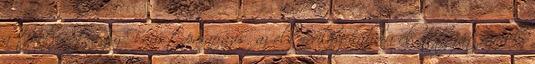
a történet egy Faust-parafrázis, az első világháború előtt játszódik,